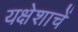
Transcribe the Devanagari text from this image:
यक्षेशाचें